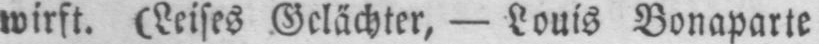
wirft. (Leises Gelächter, - Louis Bonaparte